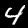
Digit: 4